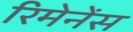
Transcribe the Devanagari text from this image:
रिमेनेंस